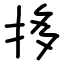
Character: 拸